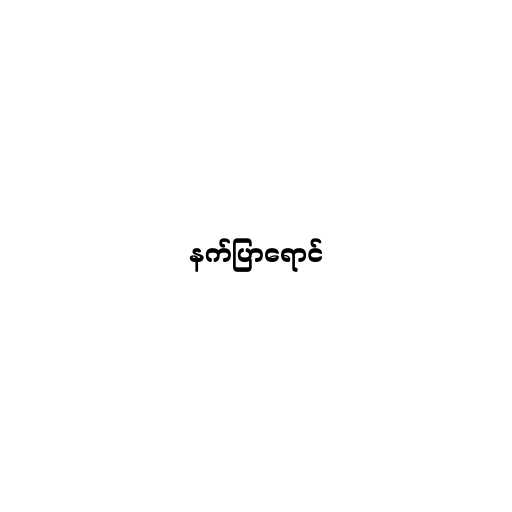
နက်ပြာရောင်